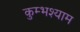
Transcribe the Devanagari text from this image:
कुम्भश्याम